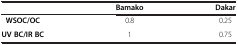
<table><thead><tr><td><b> </b></td><td><b>Bamako</b></td><td><b>Dakar</b></td></tr></thead><tbody><tr><td><b>WSOC/OC</b></td><td>0.8</td><td>0.25</td></tr><tr><td><b>UV BC/IR BC</b></td><td>1</td><td>0.75</td></tr></tbody></table>